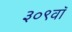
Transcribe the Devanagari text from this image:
३०९वॉ